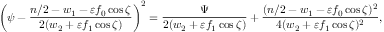
\left( \psi - \frac { n / 2 - w _ { 1 } - \varepsilon f _ { 0 } \cos \zeta } { 2 ( w _ { 2 } + \varepsilon f _ { 1 } \cos \zeta ) } \right) ^ { 2 } = \frac { \Psi } { 2 ( w _ { 2 } + \varepsilon f _ { 1 } \cos \zeta ) } + \frac { ( n / 2 - w _ { 1 } - \varepsilon f _ { 0 } \cos \zeta ) ^ { 2 } } { 4 ( w _ { 2 } + \varepsilon f _ { 1 } \cos \zeta ) ^ { 2 } } ,